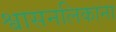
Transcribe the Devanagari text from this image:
श्वासनलिकाना